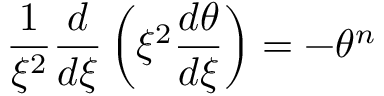
\frac { 1 } { \xi ^ { 2 } } \frac { d } { d \xi } \left( \xi ^ { 2 } \frac { d \theta } { d \xi } \right) = - \theta ^ { n }